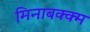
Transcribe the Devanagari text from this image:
मिनाबक्क्म